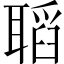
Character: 𦗌